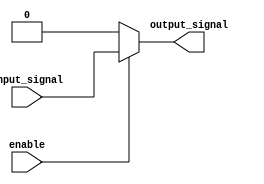
module ActiveHighBuffer (
    input wire input_signal,
    input wire enable,
    output reg output_signal
);

always @ (input_signal, enable)
begin
    if (enable)
        output_signal <= input_signal;
    else
        output_signal <= 1'b0;
end

endmodule